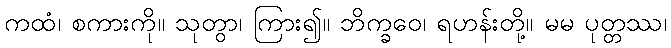
ကထံ၊ စကားကို။ သုတွာ၊ ကြား၍။ ဘိက္ခဝေ၊ ရဟန်းတို့။ မမ ပုတ္တဿ၊